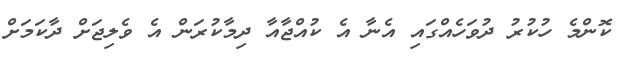
ކޮންމެ ހުކުރު ދުވަހެއްގައި އެނާ އެ ކުއްޖާއާ ދިމާކުރަން އެ ވެލިޖަށް ދާކަމަށް